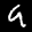
Label: 9